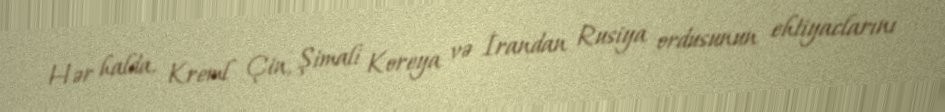
Hər halda, Kreml Çin, Şimali Koreya və İrandan Rusiya ordusunun ehtiyaclarını